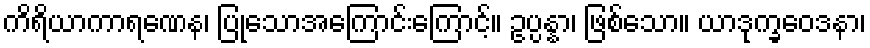
ကိရိယာကာရဏေန၊ ပြုသောအကြောင်းကြောင့်။ ဥပ္ပန္နာ၊ ဖြစ်သော။ ယာဒုက္ခဝေဒနာ၊